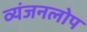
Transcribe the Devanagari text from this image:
व्यंजनलोप